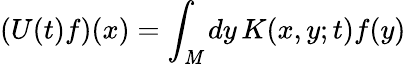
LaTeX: (U(t)f)(x)=\int_{\mathit{M}}dy\, K(x,y;t)f(y)